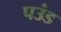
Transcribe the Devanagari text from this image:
पउंड